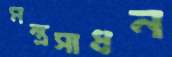
মন্ত্রসাধন